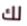
لك